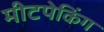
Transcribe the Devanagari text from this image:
मीटपेकिंग